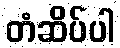
တံဆိပ်ပါ